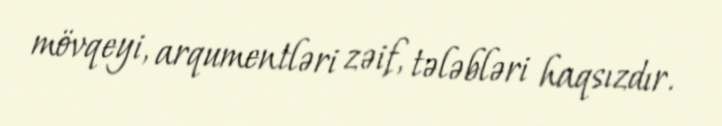
mövqeyi, arqumentləri zəif, tələbləri haqsızdır.